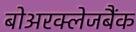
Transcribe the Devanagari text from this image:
बोअरक्लेजबैंक